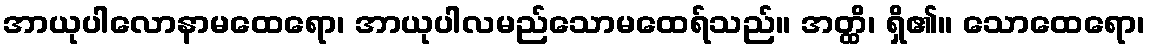
အာယုပါလောနာမထေရော၊ အာယုပါလမည်သောမထေရ်သည်။ အတ္ထိ၊ ရှိ၏။ သောထေရော၊